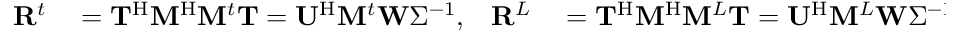
\begin{array} { r l r l } { \mathbf { R } ^ { t } } & { { } = \mathbf { T } ^ { \mathrm { H } } \mathbf { M } ^ { \mathrm { H } } \mathbf { M } ^ { t } \mathbf { T } = \mathbf { U } ^ { \mathrm { H } } \mathbf { M } ^ { t } \mathbf { W } \Sigma ^ { - 1 } , } & { \mathbf { R } ^ { L } } & { { } = \mathbf { T } ^ { \mathrm { H } } \mathbf { M } ^ { \mathrm { H } } \mathbf { M } ^ { L } \mathbf { T } = \mathbf { U } ^ { \mathrm { H } } \mathbf { M } ^ { L } \mathbf { W } \Sigma ^ { - 1 } . } \end{array}